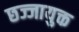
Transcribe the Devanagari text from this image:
छज्जायुक्त